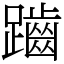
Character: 𪘏